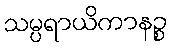
သမ္ပရာယိကာနဉ္စ